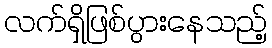
လက်ရှိဖြစ်ပွားနေသည့်